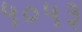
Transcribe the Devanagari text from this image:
५०५३